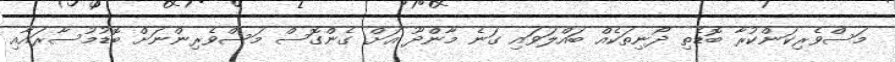
މަސްވެރިކަންކުރާ ބޮޑެތި ދޯނިތަކެއް ބައްލަވައި ގަނެ މާންދޫ އަށް ގެންގޮސް މަސްވެރިންނަށް ބޮޑުމުސާރައާއި